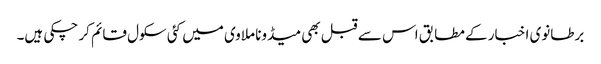
برطانوی اخبار کے مطابق اس سے قبل بھی میڈونا ملاوی میں کئی سکول قائم کر چکی ہیں۔